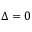
\Delta = 0